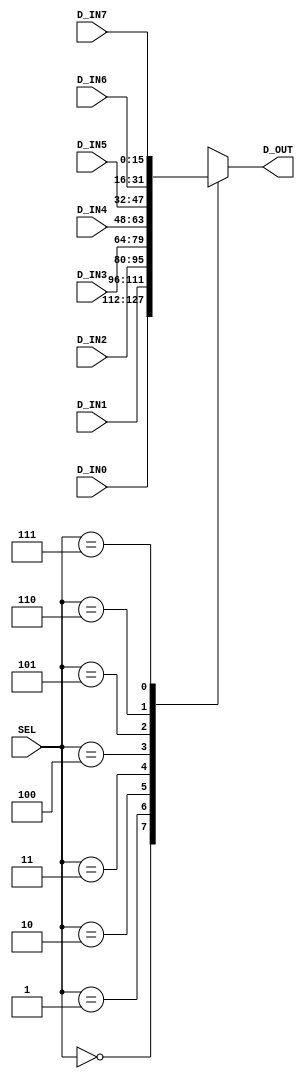

module mux16_8to1(  SEL,   D_IN0, D_IN1, D_IN2, D_IN3,
                    D_IN4, D_IN5, D_IN6, D_IN7, D_OUT);
   input [2:0]   SEL;
   input [15:0]  D_IN0, D_IN1, D_IN2, D_IN3, D_IN4, D_IN5, D_IN6, D_IN7;

   output [15:0] D_OUT;

   // ********* The first design method ****************
   reg [15:0] D_OUT;
   always @(SEL,D_IN0,D_IN1,D_IN2, D_IN3, D_IN4, D_IN5, D_IN6, D_IN7) begin
      case (SEL)
         3'b000: D_OUT = D_IN0;
         3'b001: D_OUT = D_IN1; 
         3'b010: D_OUT = D_IN2;
         3'b011: D_OUT = D_IN3;
         3'b100: D_OUT = D_IN4;
         3'b101: D_OUT = D_IN5; 
         3'b110: D_OUT = D_IN6;
         3'b111: D_OUT = D_IN7;
         default: D_OUT = 0; 
      endcase
   end   
endmodule

module  mux16_8to1_tb;
    reg [15:0]  D_IN0, D_IN1, D_IN2, D_IN3, D_IN4, D_IN5, D_IN6, D_IN7;   // input
    reg [ 2:0]  SEL;
    wire[15:0]  D_OUT;  // output
    
    //instantiation
    mux16_8to1 U_mux16_8to1( SEL,   D_IN0, D_IN1, D_IN2, D_IN3,
                                D_IN4, D_IN5, D_IN6, D_IN7, D_OUT); 
    initial begin
        $monitor("SEL = %b ,D_OUT = %h",SEL,D_OUT);
        D_IN0 = 16'h1234;
        D_IN1 = 16'h0123;
        D_IN2 = 16'h0012;
        D_IN3 = 16'h1001;
        D_IN4 = 16'h1234;
        D_IN5 = 16'h0123;
        D_IN6 = 16'h0012;
        D_IN7 = 16'h1001;
        $display("D_IN0 = %h ,D_IN1 = %h ,D_IN2 = %h ,D_IN3 = %h",D_IN0, D_IN1, D_IN2, D_IN3);
        $display("D_IN4 = %h ,D_IN5 = %h ,D_IN6 = %h ,D_IN7 = %h",D_IN4, D_IN5, D_IN6, D_IN7);
        #10 SEL = 3'b000;
        #10 SEL = 3'b001;
        #10 SEL = 3'b010;
        #10 SEL = 3'b011;
        #10 SEL = 3'b100;
        #10 SEL = 3'b101;
        #10 SEL = 3'b110;
        #10 SEL = 3'b111;
    end
endmodule